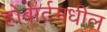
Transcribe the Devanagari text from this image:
होबार्टमधील